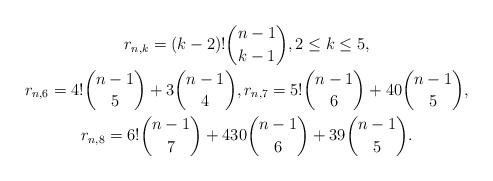
\begin{gather*}r_{n,k}=(k-2)! {n-1 \choose k-1}, 2 \le k \le 5,\\r_{n,6}= 4!{n-1 \choose 5}+3{n-1 \choose 4},r_{n,7}=5!{n-1 \choose 6}+40{n-1 \choose 5}, \\r_{n,8}=6!{n-1 \choose 7}+430{n-1 \choose 6}+ 39{n-1 \choose 5}.\end{gather*}